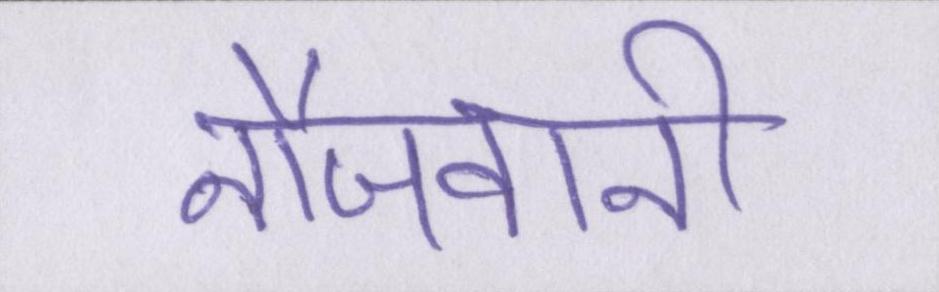
नौजवानी